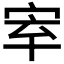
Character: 𡧵